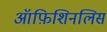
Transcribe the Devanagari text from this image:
ऑफ़िशिनलिस